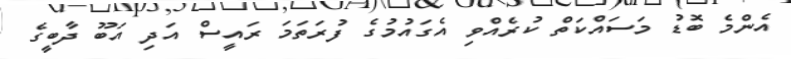
އެންމެ ބޮޑު މަސައްކަތް ކުރެއްވި އެގައުމުގެ ފުރަތަމަ ރައީސް އަދި އަބޫ ދާބީގެ